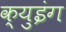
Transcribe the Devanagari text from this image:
क्युइंग